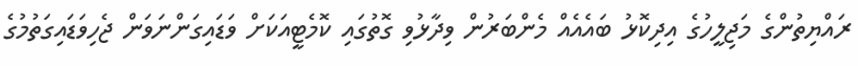
ރައްޔިތުންގެ މަޖިލީހުގެ އިދިކޮޅު ބައެއެއް މެންބަރުން ވިދާޅުވި ގޮތުގައި ކޮމެޓީއަކަށް ވަޑައިގަންނަވަން ޖެހިވަޑައިގަތުމުގެ